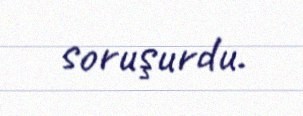
soruşurdu.